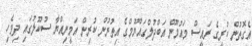
އެގޮތުން ކުރީގެ ރައީސް މައުމޫން އަބްދުލްގައްޔޫމްގެ އިތުރުން ކުރިން އަމީނިއްޔާ ސުކޫލުގައި ދިވެހި